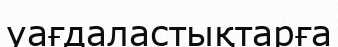
уағдаластықтарға